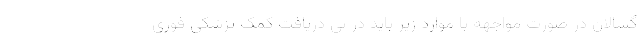
گسالان در صورت مواجهه با موارد زیر باید در پی دریافت کمک پزشکی فوری